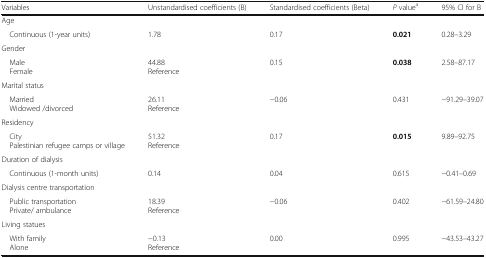
<table><thead><tr><td><b>Variables</b></td><td><b>Unstandardised coefficients (B)</b></td><td><b>Standardised coefficients (Beta)</b></td><td><b><i>P</i> value<sup>a</sup></b></td><td><b>95% CI for B</b></td></tr></thead><tbody><tr><td colspan="5">Age</td></tr><tr><td> Continuous (1-year units)</td><td>1.78</td><td>0.17</td><td><b>0.021</b></td><td>0.28–3.29</td></tr><tr><td colspan="5">Gender</td></tr><tr><td> Male Female</td><td>44.88Reference</td><td>0.15</td><td><b>0.038</b></td><td>2.58–87.17</td></tr><tr><td colspan="5">Marital status</td></tr><tr><td> Married Widowed /divorced</td><td>26.11Reference</td><td>−0.06</td><td>0.431</td><td>−91.29–39.07</td></tr><tr><td colspan="5">Residency</td></tr><tr><td> City Palestinian refugee camps or village</td><td>51.32Reference</td><td>0.17</td><td><b>0.015</b></td><td>9.89–92.75</td></tr><tr><td colspan="5">Duration of dialysis</td></tr><tr><td> Continuous (1-month units)</td><td>0.14</td><td>0.04</td><td>0.615</td><td>−0.41–0.69</td></tr><tr><td colspan="5">Dialysis centre transportation</td></tr><tr><td> Public transportation Private/ ambulance</td><td>18.39Reference</td><td>−0.06</td><td>0.402</td><td>−61.59–24.80</td></tr><tr><td colspan="5">Living statues</td></tr><tr><td> With family Alone</td><td>−0.13Reference</td><td>0.00</td><td>0.995</td><td>−43.53–43.27</td></tr></tbody></table>